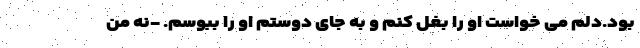
بود.دلم می خواست او را بغل کنم و به جای دوستم او را ببوسم. -نه من